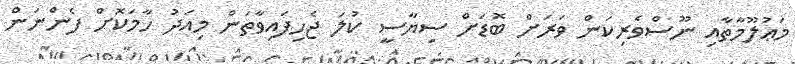
މަޢުލޫމާތާއި ނޫސްވެރިކަން ވަރަށް ބޮޑަށް ސިޔާސީ ކުލަ ޖެހިފައިވާތަން މިއަދު ހާމަކޮށް ފެންނަން